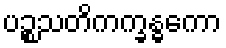
ပဉ္စသတိကက္ခန္ဓကော